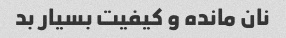
نان مانده و کیفیت بسیار بد